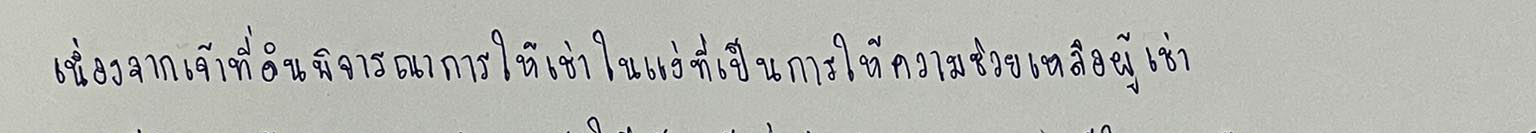
เนื่องจากเจ้าที่ดินพิจารณาการให้เช่าในแง่ที่เป็นการให้ความช่วยเหลือผู้เช่า